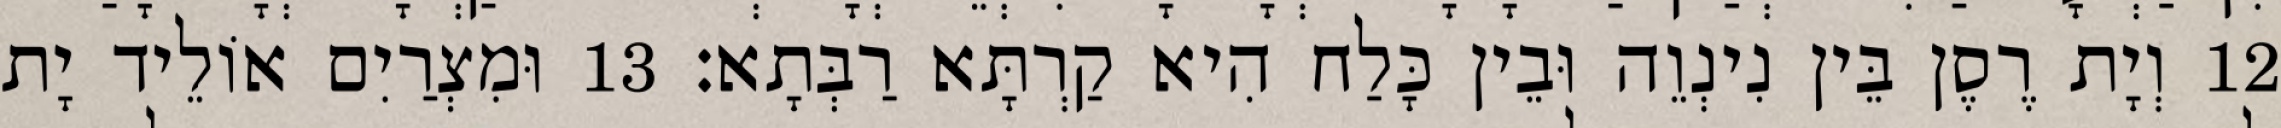
12 וְיָת רֶסֶן בֵּין נִינְוֵה וּבֵין כָּלַח הִיא קַרְתָּא רַבְּתָא׃ 13 וּמִצְרַיִם אוֹלֵיד יָת